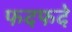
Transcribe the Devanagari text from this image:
फदफदे